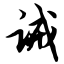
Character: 诫